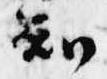
知